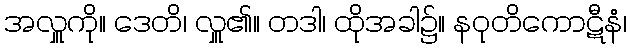
အလှူကို။ ဒေတိ၊ လှူ၏။ တဒါ၊ ထိုအခါ၌။ နဝုတိကောဋီနံ၊